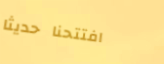
افتتحنا حديثاً